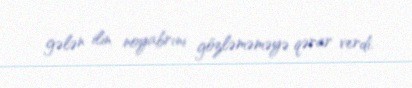
gələn ilin noyabrını gözləməməyə qərar verdi.